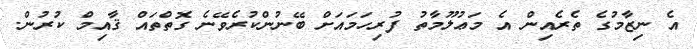
އެ ނިޒާމުގެ ތެރެއިން އެ މަޢުލޫމާތު ފުރިހަމައަށް ބޭނުންކުރެވޭނެ ގޮތްތައް ޤާއިމް ކުރުން.